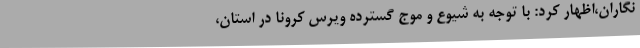
نگاران،اظهار کرد: با توجه به شیوع و موج گسترده ویرس کرونا در استان،